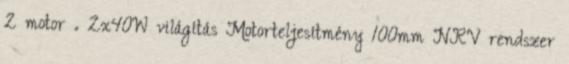
2 motor . 2x40W világítás Motorteljesítmény 100mm NRV rendszer